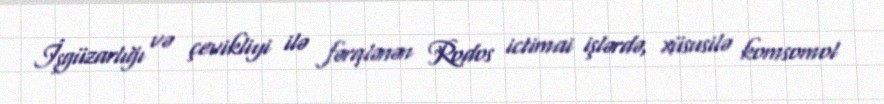
İşgüzarlığı və çevikliyi ilə fərqlənən Rodos ictimai işlərdə, xüsusilə komsomol